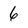
Character: 6